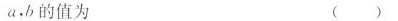
a.b的值为 ()